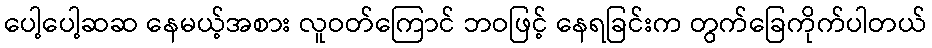
ပေါ့ပေါ့ဆဆ နေမယ့်အစား လူဝတ်ကြောင် ဘဝဖြင့် နေရခြင်းက တွက်ခြေကိုက်ပါတယ်